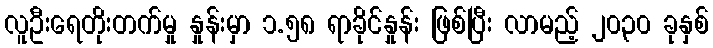
လူဦးရေတိုးတက်မှု နှုန်းမှာ ၁.၅၈ ရာခိုင်နှုန်း ဖြစ်ပြီး လာမည့် ၂၀၃၀ ခုနှစ်